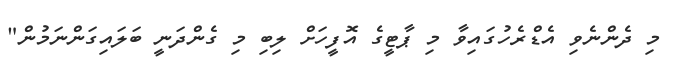
މި ދެންނެވި އެޑްރެހުގައިވާ މި ޕާޓީގެ އޮފީހަށް ލިބި މި ގެންދަނީ ބަލައިގަންނަމުން"